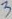
Text: 3